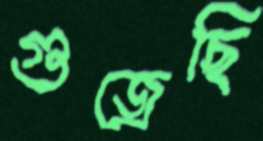
গুজ্‌রেছি